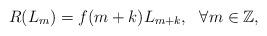
LaTeX: \begin{align*}R(L_{m})=f(m+k)L_{m+k},~~ \forall m\in \mathbb Z,\end{align*}